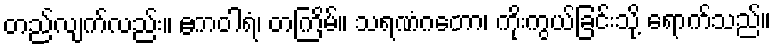
တည်လျက်လည်း။ ဧကဝါရံ၊ တကြိမ်။ သရဏံဂတော၊ ကိုးကွယ်ခြင်းသို့ ရောက်သည်။